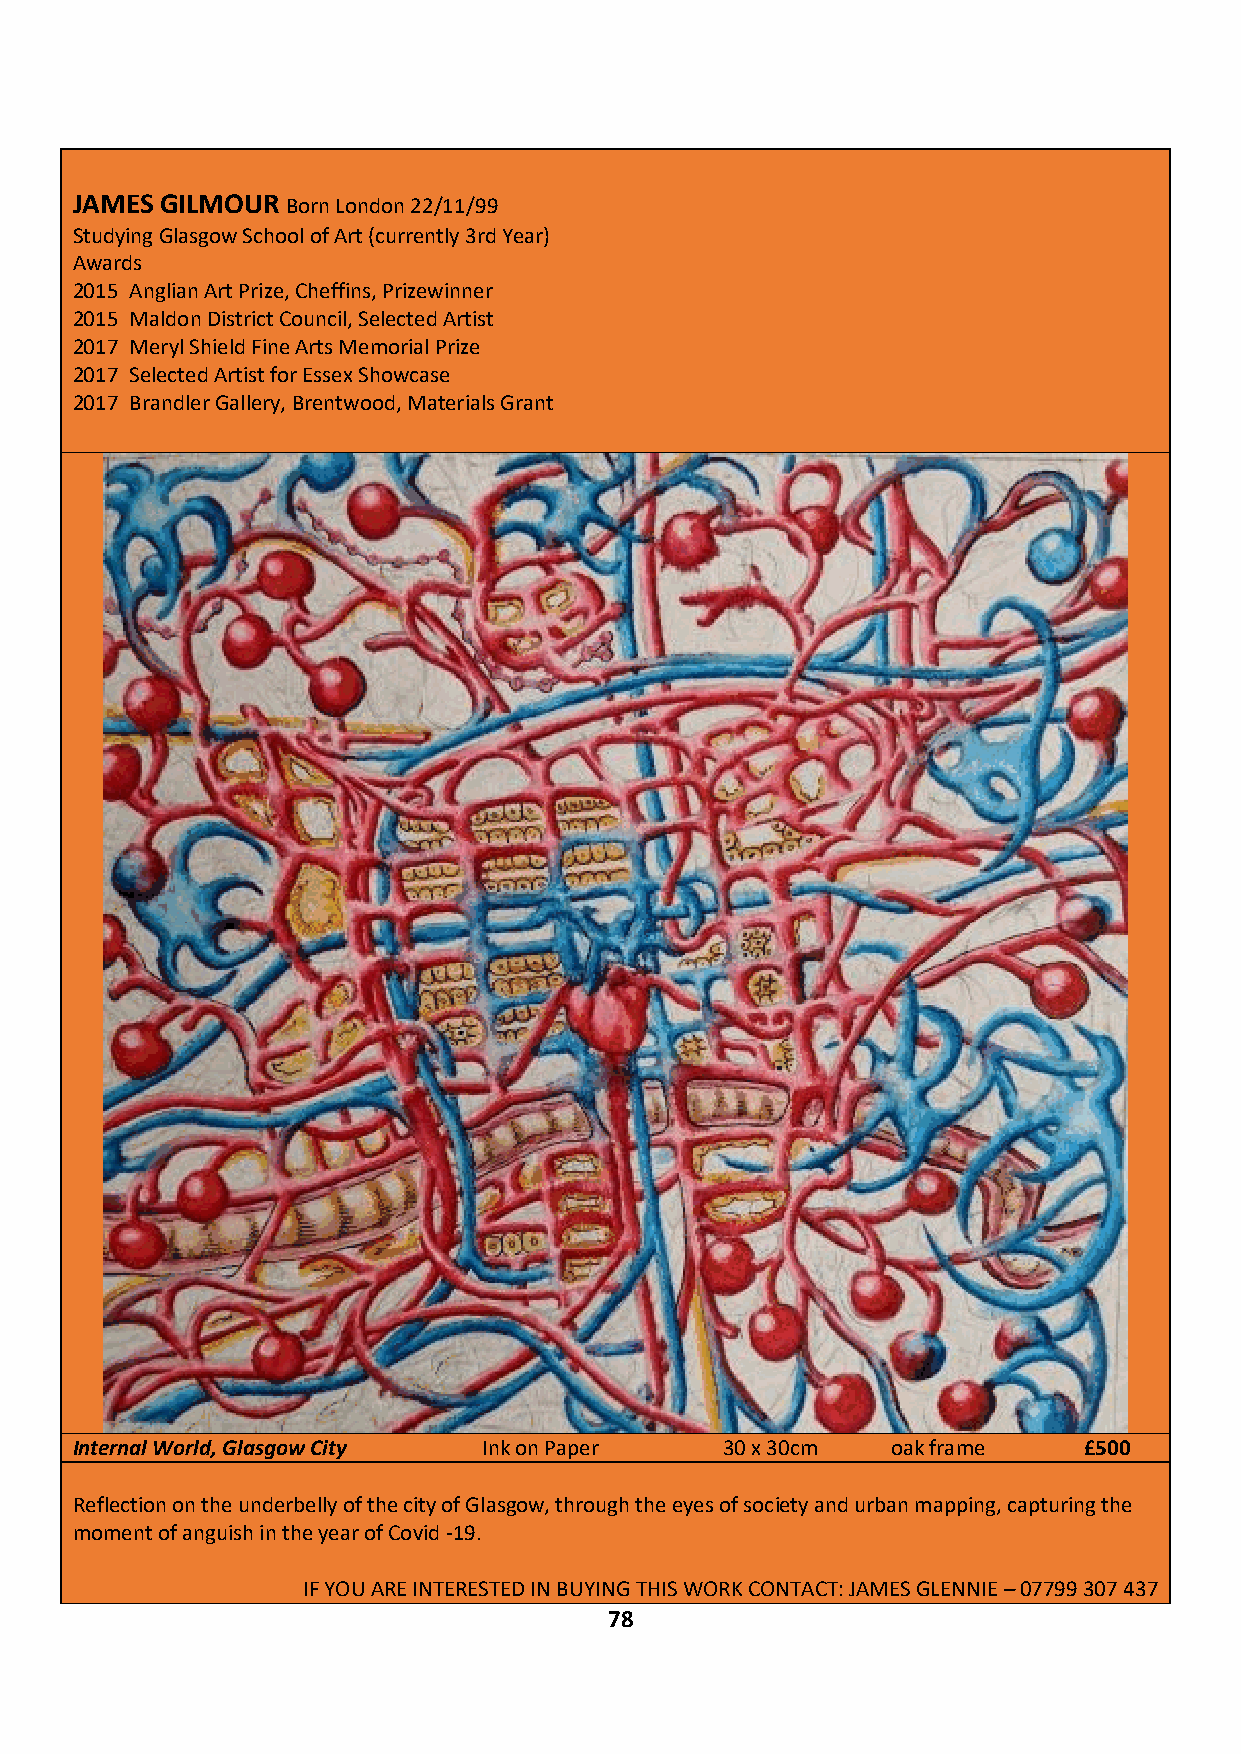
JAMES GILMOUR Born London 22/11/99
 Studying Glasgow School of Art (currently 3rd Year)
 Awards
 2015 Anglian Art Prize, Cheffins, Prizewinner
 2015 Maldon District Council, Selected Artist
 2017 Meryl Shield Fine Arts Memorial Prize
 2017 Selected Artist for Essex Showcase
 2017 Brandler Gallery, Brentwood, Materials Grant
 Internal World, Glasgow City Ink on Paper  30 x 30cm  oak frame    £500
 Reflection on the underbelly of the city of Glasgow, through the eyes of society and urban mapping, capturing the
 moment of anguish in the year of Covid -19.
 IF YOU ARE INTERESTED IN BUYING THIS WORK CONTACT: JAMES GLENNIE – 07799 307 437
 78